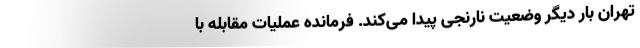
تهران بار دیگر وضعیت نارنجی پیدا می‌کند. فرمانده عملیات مقابله با